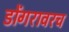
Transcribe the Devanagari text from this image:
डोंगरावरच